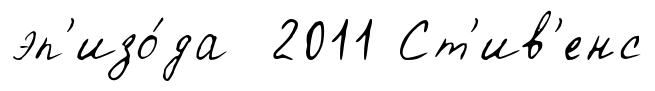
эп'изо́да 2011 Ст'ив'енс